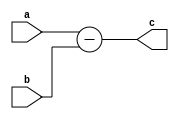
// =============================================================================
// Company      : University of Glasgow
// 
// Design Name  : 
// Module Name  : ui_add (Unsigned Integer Add)
// Project Name : TyTra
// Target Devices: Stratix V (D5/D8) 
//
// Tool versions: 
// Dependencies : 
//
// Revision     : 
// Revision 0.01. File Created
// 
// =============================================================================

// =============================================================================
// General Description
// -----------------------------------------------------------------------------
// A general purpose N-bit subtractor.
// 
// NOTE: Output bit-width is same as inputs, and there is no overflow
// detection
//==============================================================================

module ui_sub
#(
// =============================================================================
// ** Parameters 
// =============================================================================
// Size of word (parent should over-write this if needeD)
  parameter N = 64 
)

(
// =============================================================================
// ** Ports 
// =============================================================================
  output reg  [N-1:0] c,
  input       [N-1:0] a,
  input       [N-1:0] b
);

// =============================================================================
// ** Procedures and assignments
// =============================================================================
always @(*)
begin
  c = a - b; //2's complement addition so no additional logic needed...
end

endmodule